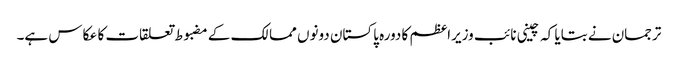
ترجمان نے بتایا کہ چینی نائب وزیراعظم کا دورہ پاکستان دونوں ممالک کے مضبوط تعلقات کا عکاس ہے۔